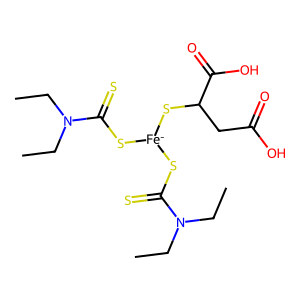
SMILES: CCN(CC)C(=S)S[Fe-](SC(=S)N(CC)CC)SC(CC(=O)O)C(=O)O
Inhibits HIV replication: No